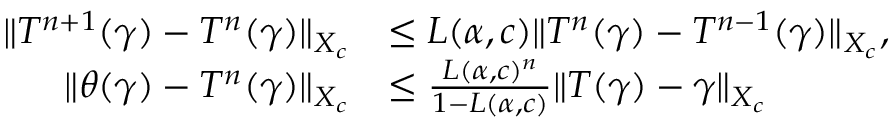
\begin{array} { r l } { \| T ^ { n + 1 } ( \gamma ) - T ^ { n } ( \gamma ) \| _ { X _ { c } } } & { \leq L ( \alpha , c ) \| T ^ { n } ( \gamma ) - T ^ { n - 1 } ( \gamma ) \| _ { X _ { c } } , } \\ { \| \theta ( \gamma ) - T ^ { n } ( \gamma ) \| _ { X _ { c } } } & { \leq \frac { L ( \alpha , c ) ^ { n } } { 1 - L ( \alpha , c ) } \| T ( \gamma ) - \gamma \| _ { X _ { c } } } \end{array}